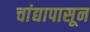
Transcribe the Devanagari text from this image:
चांद्यापासून